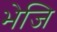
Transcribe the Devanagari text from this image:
भेजि